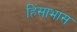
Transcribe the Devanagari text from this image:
हिंसाभास